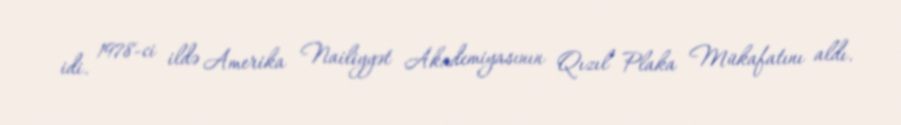
idi. 1978-ci ildə Amerika Nailiyyət Akademiyasının Qızıl Plaka Mükafatını aldı.